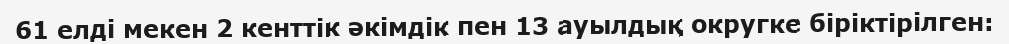
61 елді мекен 2 кенттік әкімдік пен 13 ауылдық округке біріктірілген: